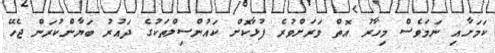
ކަމަށާއި ނަމަވެސް މިހާރު އޮތް ވަރަށްވުރެ ފުޅާކޮށް ކައުންސިލްތަކުގެ ދައުރު ބަޔާންކުރަން ޖެހޭ